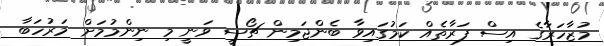
މުޒާހަރާގެ އިސް ފަރާތެއް ކަމުގައިވާ ބެންޖަމިން ޗޯސީ ވަނީ މި ނިންމުމަށް މަރުހަބާ